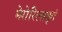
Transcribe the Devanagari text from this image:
मेरोरिलावृतं